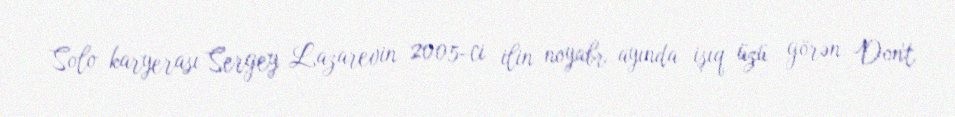
Solo karyerası Sergey Lazarevin 2005-ci ilin noyabr ayında işıq üzü görən Don't